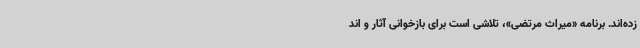
زده‌اند. برنامه «میراث مرتضی»، تلاشی است برای بازخوانی آثار و اند